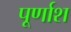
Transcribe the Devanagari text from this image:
पूर्णाश